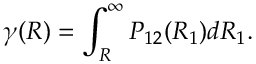
\gamma ( R ) = \int _ { R } ^ { \infty } P _ { 1 2 } ( R _ { 1 } ) d R _ { 1 } .